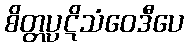
စိတ္တပ္ပဋိသံဝေဒီပေ